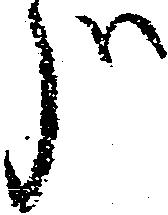
哉